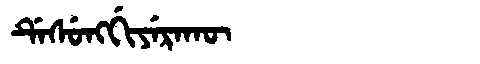
Manchu: ᡩᡝᠰᡠᠩᡤᡳᠶᡝᡵᠠᡴᡡ
Romanization: DESUNGGIYERAKŪ